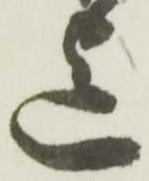
迄